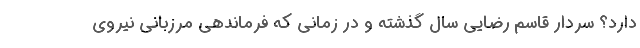
دارد؟ سردار قاسم رضایی سال گذشته و در زمانی که فرماندهی مرزبانی نیروی